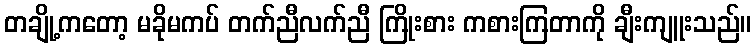
တချို့ကတော့ မခိုမကပ် တက်ညီလက်ညီ ကြိုးစား ကစားကြတာကို ချီးကျူးသည်။